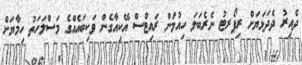
ދެއިރު ދެދަޅަޔަށް ރިޕޯރޓު ނެރެބަލަ ހިއުމަން ރައިޓްސް އޭކިއާގެން ވަކިބައެއްގެ މަސްލަހަތު ހިމާޔަށް